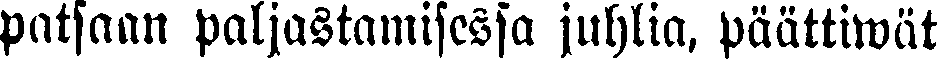
patsaan paljastamisessa juhlia, päättiwät